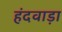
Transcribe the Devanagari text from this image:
हंदवाड़ा